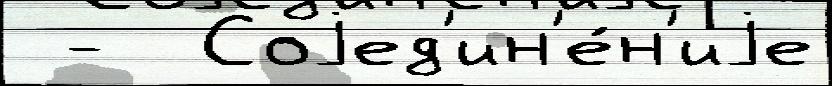
 -  Соjед'ин'е́н'иjе